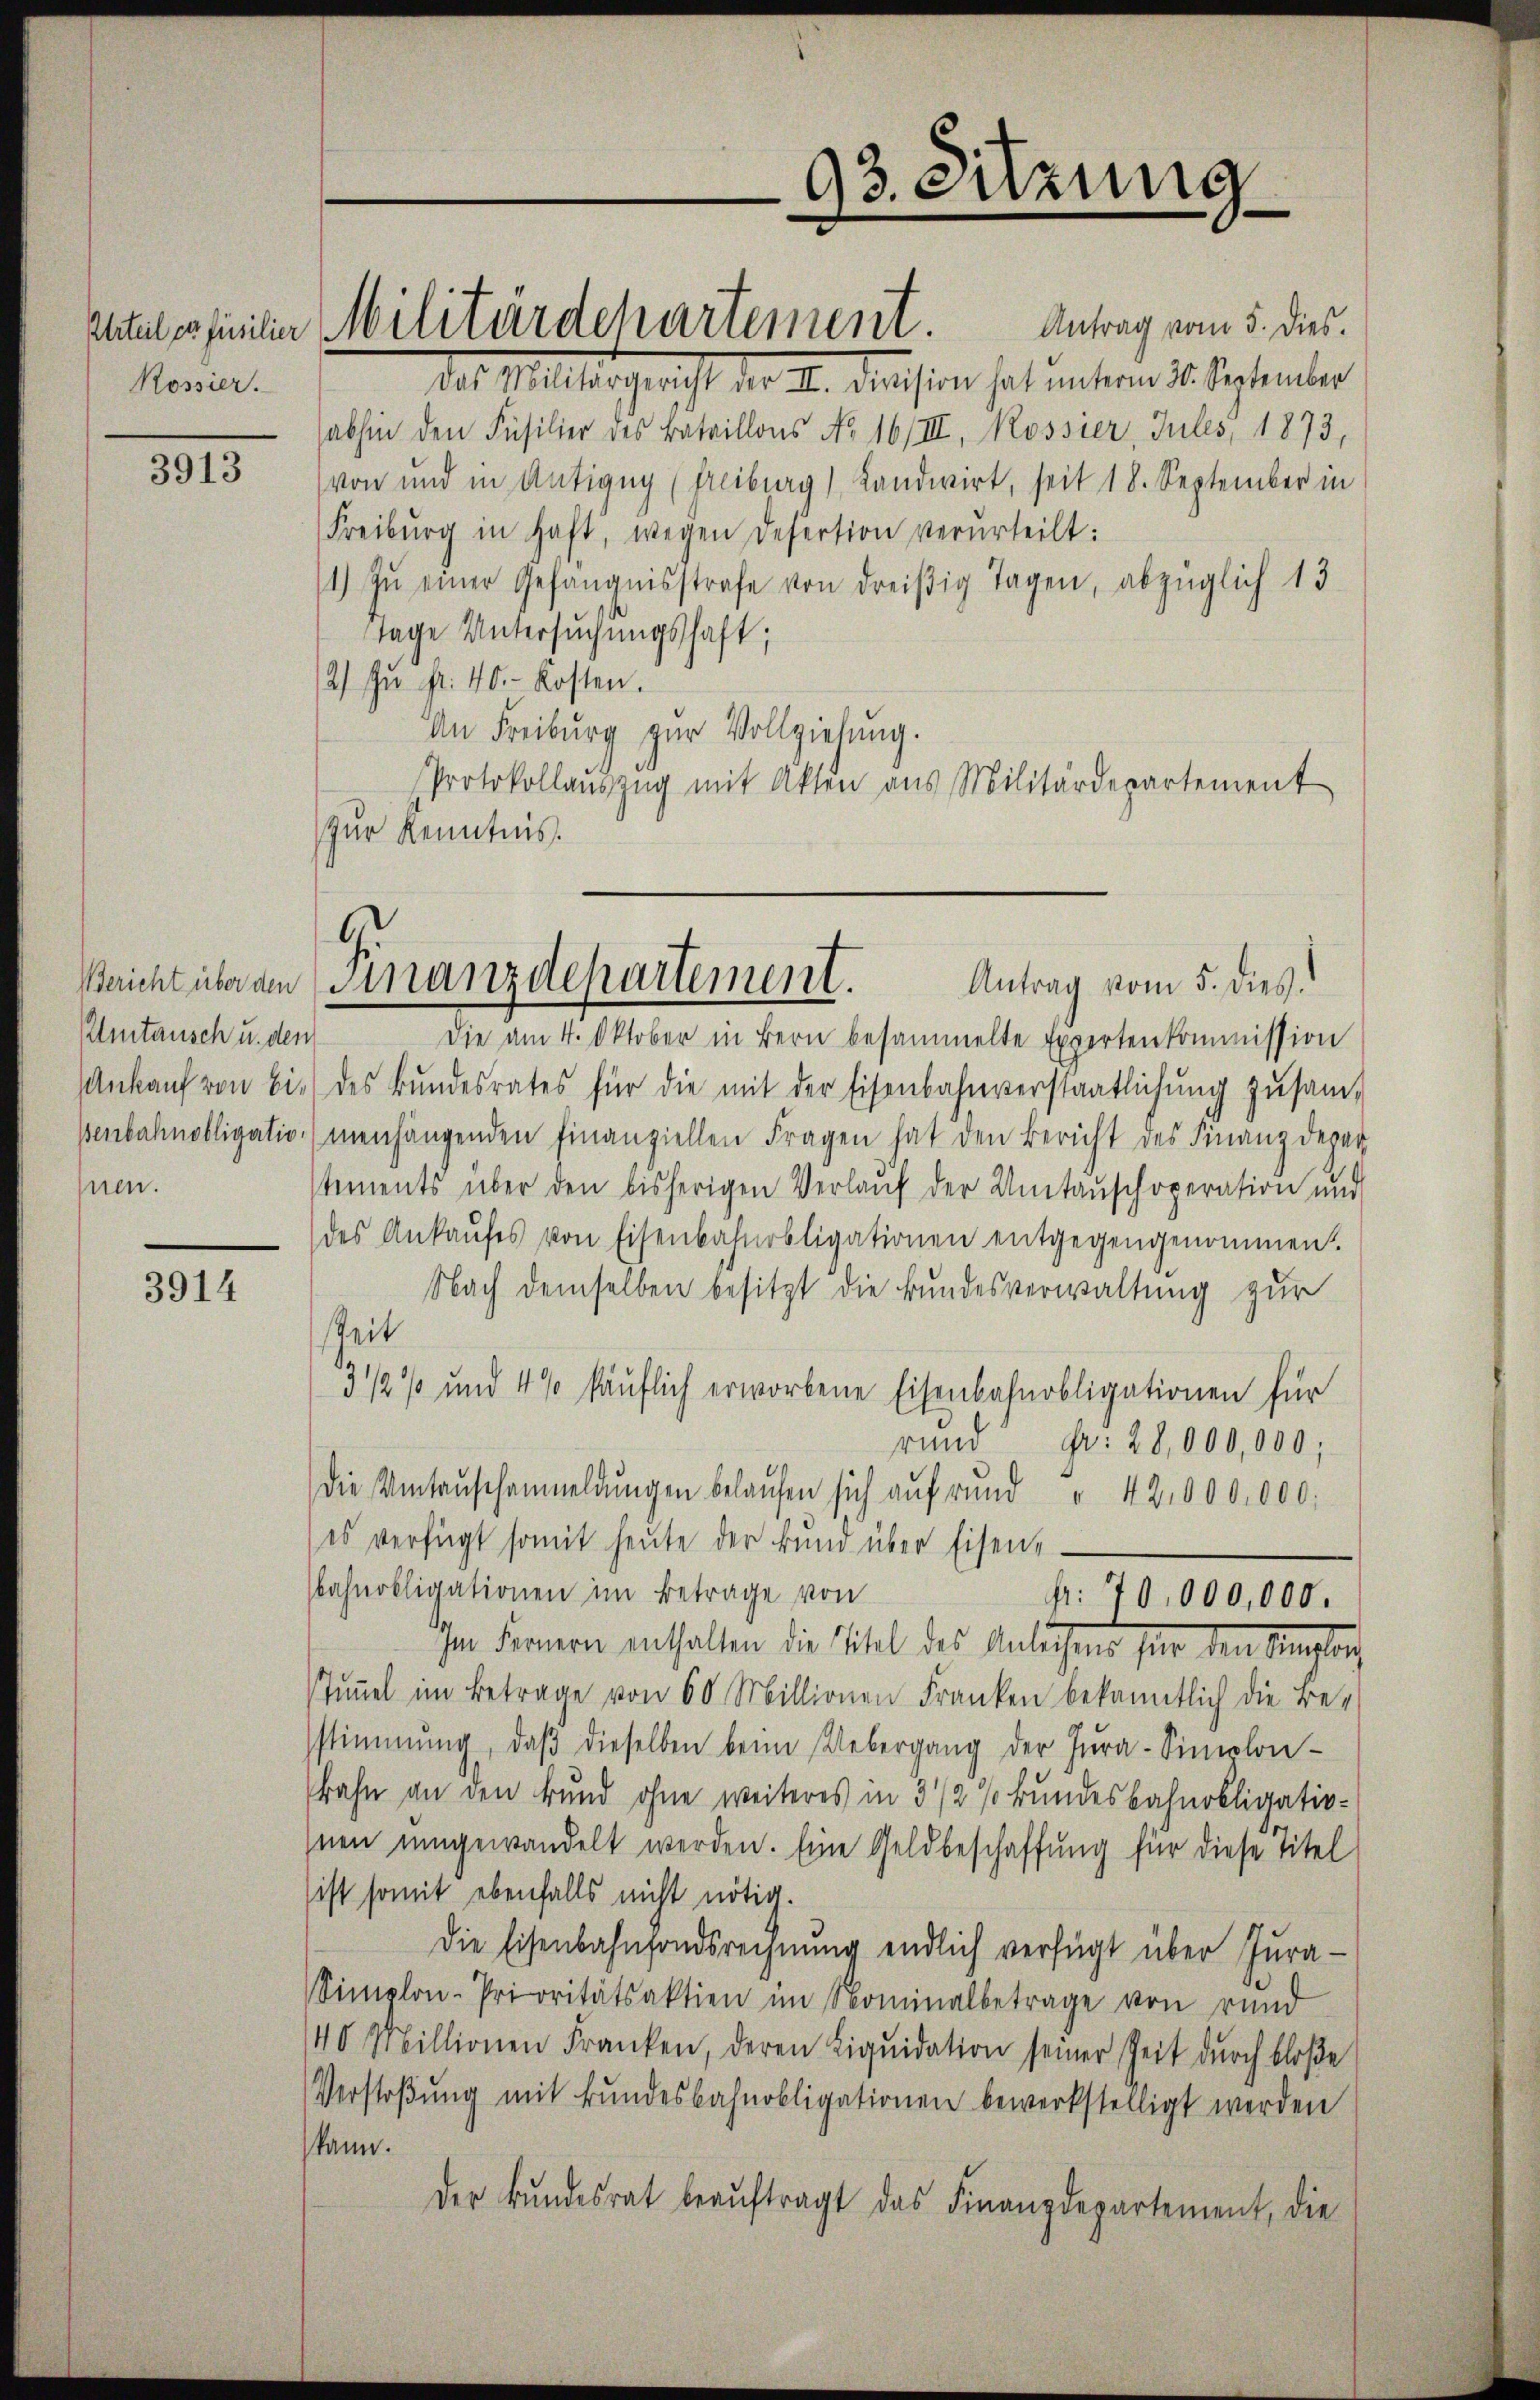
Urteil er Füsilier
Rossier.

3913

Bericht über den
Umtausch u. den
Ankauf von bis
Benbahnobligatio
nen.

3914

des M. gericht der A. Decisiren hat unterm 4. September
abhin den Füsilier des Bataillons No 16/III, Rossier, Jules, 1873,
von und in Antigug (Freiburg), Landwirt, seit 18. September in
Freiburg in haft, wegen Desertion verurteilt:
1) zŭ einer Gefängnisstrafe von dreißig Tagen, abzüglich 13
Tage Untersuchungshaft;
2) zŭ fr. 40. Kosten.
An Freiburg zur Vollziehung.
Protokollaŭszŭg mit Akten aus Militärdepartement
zur Kenntnis.

Militärdepartement. Antrag vom 5. dies

Die am 4. Oktober in Bern besammelte Expertenkommission
des Bundesrates für die mit der Eisenbahnverstaatlichung zusammenhängenden Finanziellen Fragen hat den Bericht des Finanz derar
stements über den bisherigen Verlauf der Umtauschoperation und
des Ankaŭfes von Eisenbahnobligationen entgegengenommen.
Nach demselben besitzt die Bundesverwaltung zur
skeit
3 1/2 % und 4 % käuflich erworbene Eisenbahnobligationen für
rund
fr. 28,000,000;
die Umtaŭschanmeldŭngen belaŭfen sich aŭf rŭnd " 42,000,000.
es verfügt somit heŭte der Bŭnd über Eisen-
bahnobligationen im Betrage von
p. 70,000,000.
Im Fernen enthalten die Titel des Anlehens für den Ringlich
Tuṅel im Betrage von 60 Millionen Franken bekanntlich die Be-
stimmung, daβ dieselben beim Uebergang der Jura-Sinolonbahn an den Bund ohne weiteres in 3 1/2 % kundesbahnobligativ-
nen umgewandelt werden. Eine Geldbeschaffung für diese Titel
ist somit ebenfalls nicht nötig.
Die Eisenbahnfondsrechnung endlich verfügt über Jura-
Simplon-Prioritätsaktien im Nominalbetrage von rund
40 Millionen Franken, deren Liqŭidation seiner Zeit durch bloße
Verstoβŭng mit Bŭndesbahnobligationen bewerkstelligt werden
kann.
der Bundesrat beaŭftragt das Finanzdepartement, die

Finanzdepartement.
Antrag vom 5. dies

93. enzung